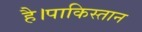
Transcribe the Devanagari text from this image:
है।पाकिस्तान